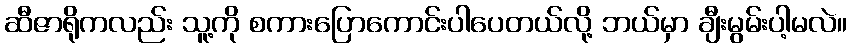
ဆီဇာရိုကလည်း သူ့ကို စကားပြောကောင်းပါပေတယ်လို့ ဘယ်မှာ ချီးမွမ်းပါ့မလဲ။